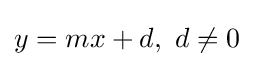
y=mx+d,\ d\neq 0